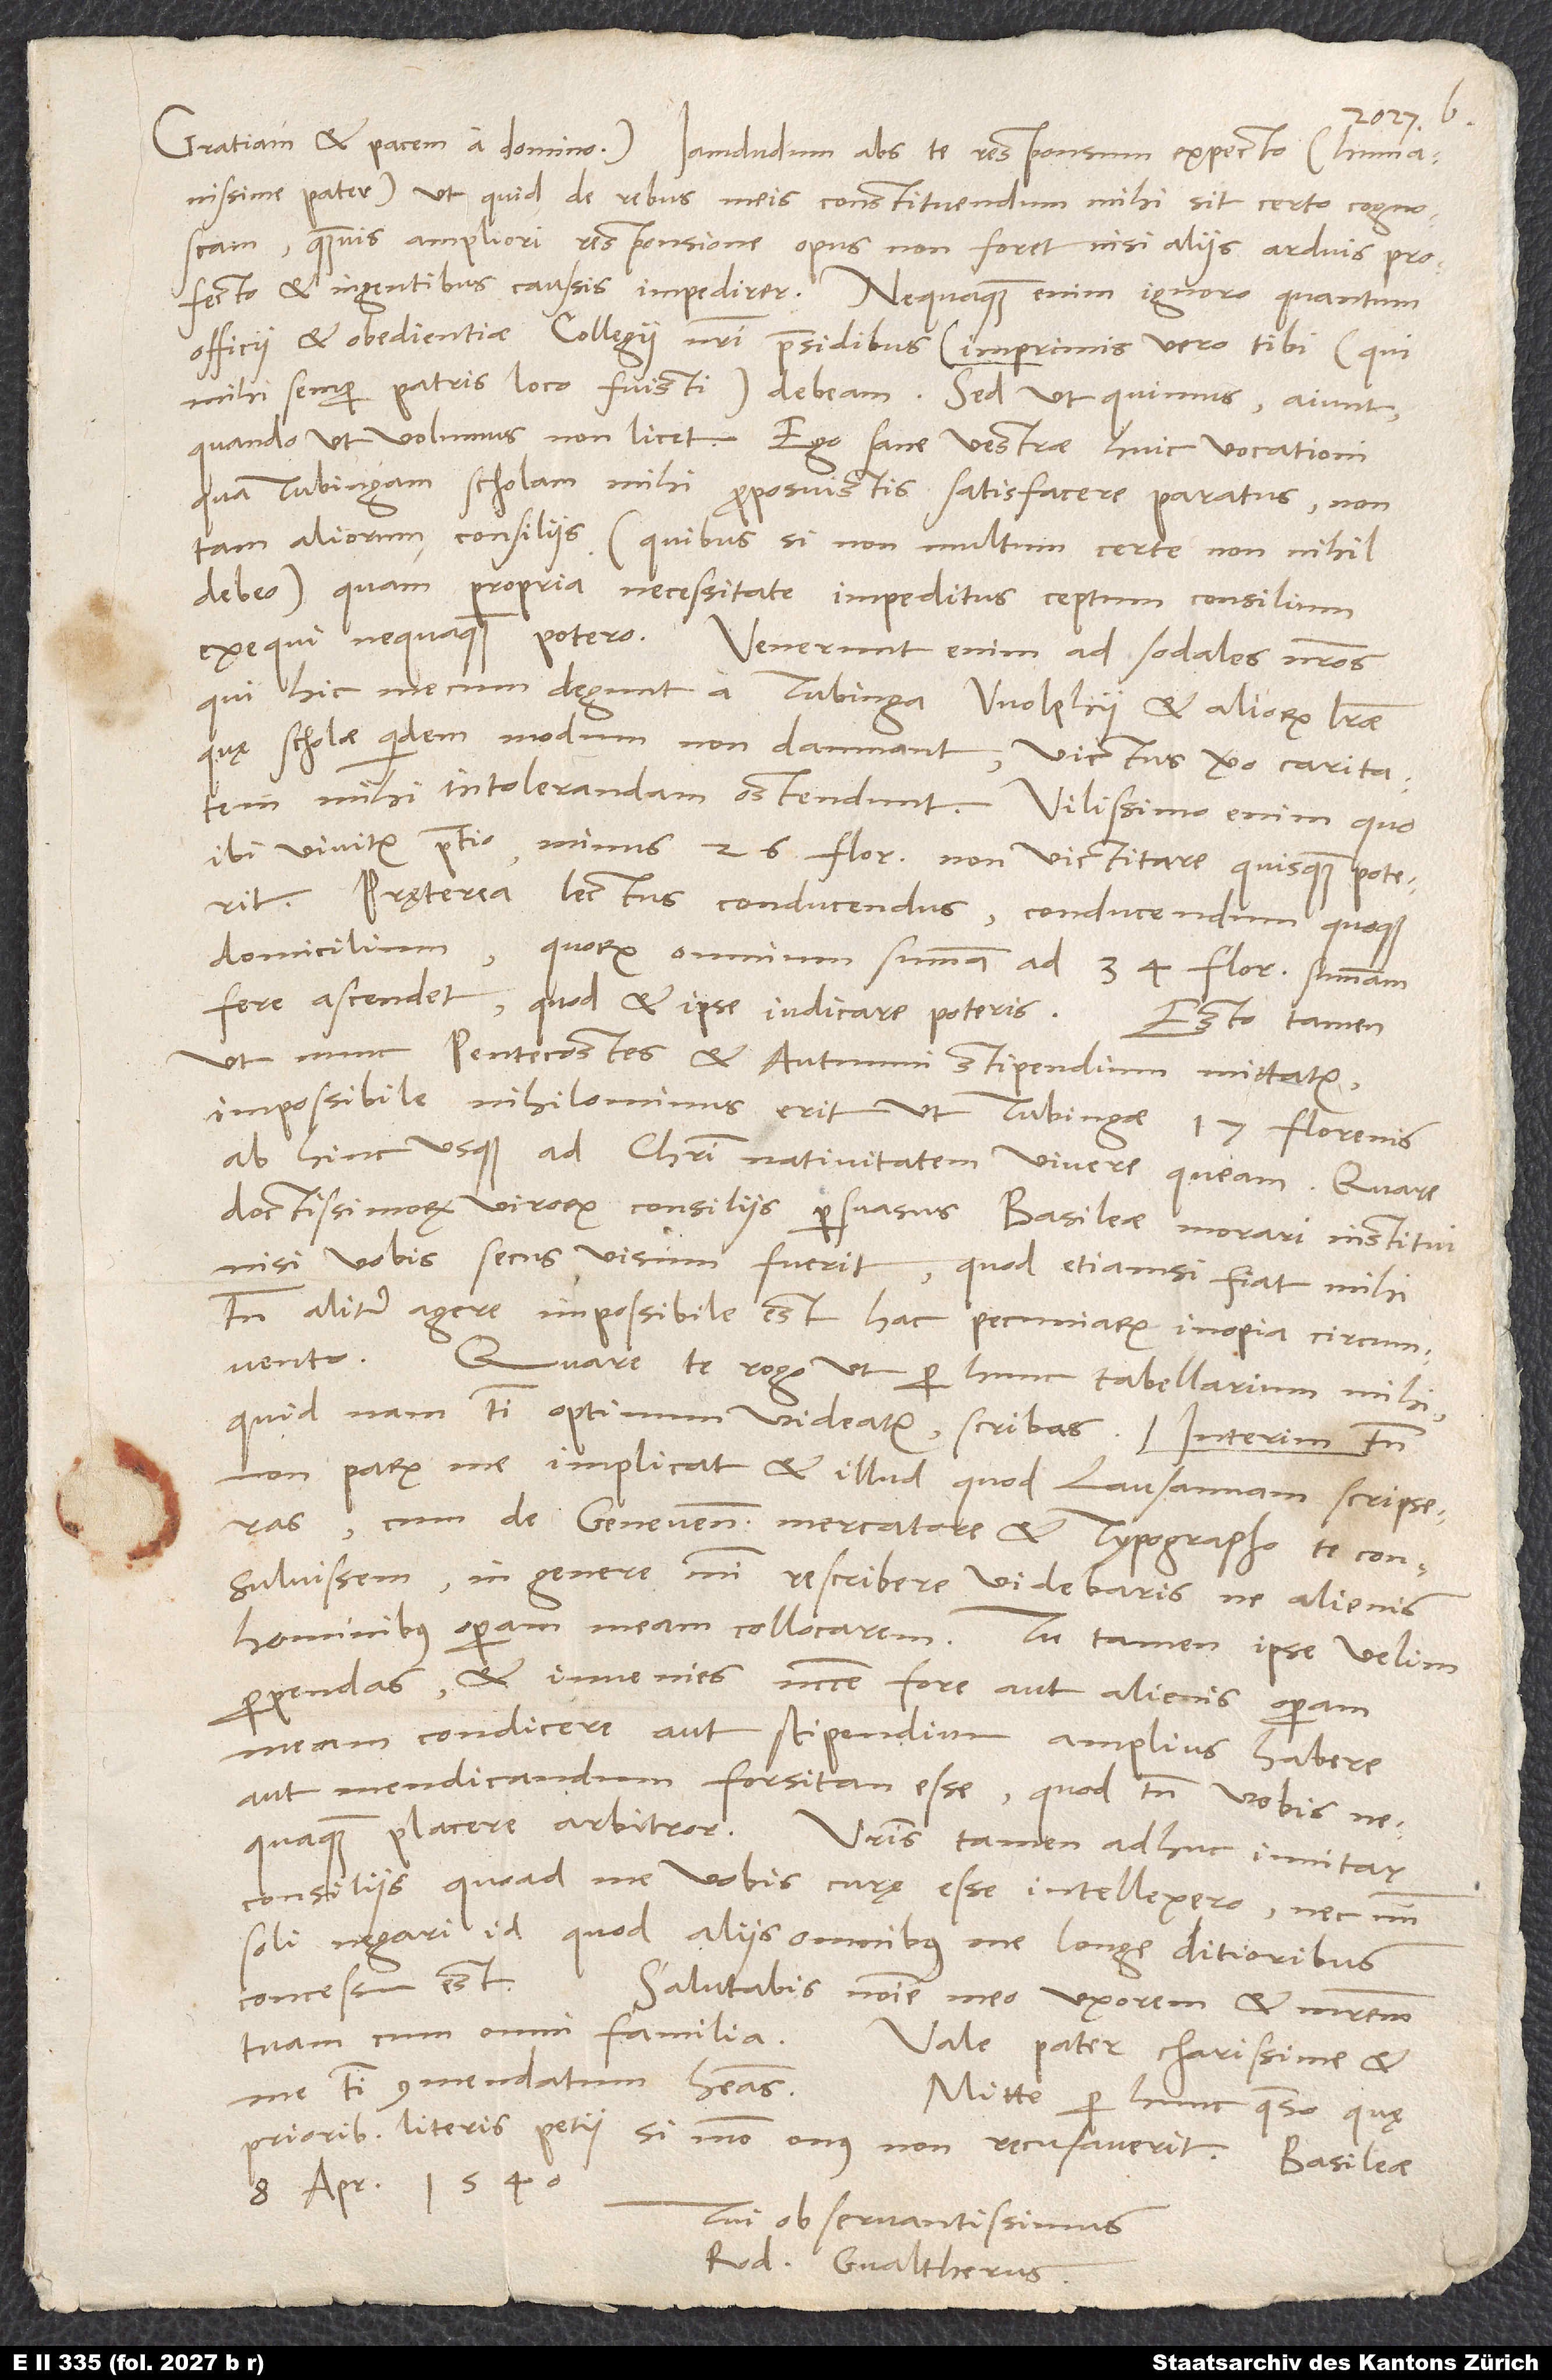
humanissime pater, ut, quid de rebus meis constituendum mihi sit, certo cognoscam,
quamvis ampliori responsione opus non foret, nisi aliis arduis profecto
et ingentibus caussis impedirer. Nequaquam enim ignoro, quantum
officii et obedientiae collegii nostri praesidibus (imprimis vero tibi, qui
mihi semper patris loco fuisti) debeam. Sed ut quimus, aiunt,
quando ut volumus non licet. Ego sane vestrae huic vocationi,
qua Tubingam scholam mihi proposuistis, satisfacere paratus non
tam aliorum consiliis (quibus si non multum, certe non nihil
debeo) quam propria necessitate impeditus ceptum consilium
exequi nequaquam potero. Venerunt enim ad sodales nostros,
qui hic mecum degunt, a Tubinga Wolphii et aliorum literae,
quę scholae quidem modum non damnant, victus vero caritatem
mihi intolerandam ostendunt. Vilissimo enim, quo
ibi vivitur pretio, minus 26 florenis non victitare quisquam poterit.
Pręterea lectus conducendus, conducendum quoque
domicilium, quorum omnium summa ad 34 florenorum summam
fere ascendet, quod et ipse iudicare poteris.
Esto tamen,
ut nunc pentecostes et autumni stipendium mittatur,
impossibile nihilominus erit, ut Tubingae 17 florenis
ab hinc usque ad Christi nativitatem vivere queam. Quare
doctissimorum virorum consiliis persuasus Basileae morari institui,
nisi vobis secum visum fuerit; quod etiamsi fiat, mihi
tamen aliter agere impossibile est hac pecuniarum inopia circumvento.
Quare te rogo, ut per hunc tabellarium mihi,
quid nam tibi optimum videatur, scribas.
non parum me implicat et illud, quod Lausannam scripseras,
cum de Genevensi mercatore et typographo te consuluissem;
in genere mihi rescribere videbaris, ne alienis
perpendas, et invenies necesse fore aut alienis operam
meam condicere aut stipendium amplius habere
aut mendicandum forsitan esse, quod tamen vobis
nequaquam placere arbitror. Vestris tamen adhuc innitar
consiliis, quoad me vobis curę esse intellexero nec mihi
soli negari id, quod aliis omnibus me longe ditioribus
concessum est.
Salutabis nomine meo uxorem et matrem
tuam cum omni familia.
Vale, pater charissime, et
me tibi commendatum habeas.
Mitte per hunc, quaeso, quę
prioribus literis petii, si modo onus non recusaverit.
8. aprilis 1540.
Tui observantissimus
Rod. Gvaltherus.